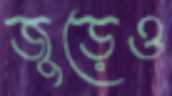
জুড়েও